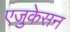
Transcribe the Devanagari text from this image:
एजुकेसन